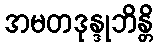
အမတဒုန္ဒုဘိန္တိ